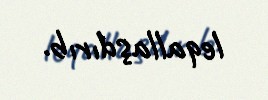
leqallaşdırıb.